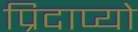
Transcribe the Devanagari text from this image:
प्रिदाप्यो